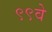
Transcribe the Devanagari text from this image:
९९वे